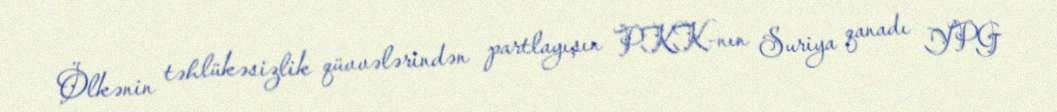
Ölkənin təhlükəsizlik qüvvələrindən partlayışın PKK-nın Suriya qanadı YPG